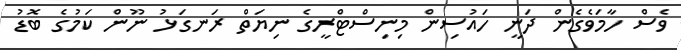
ވެސް ހާމަވެގެން ދަނީ ހައުސިން މިނިސްޓްރީގެ ނިޔަތް ރަނގަޅު ނޫން ކަމުގެ ބޮޑު